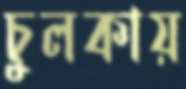
চুলকায়